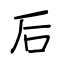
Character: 后